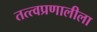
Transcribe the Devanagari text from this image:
तत्त्वप्रणालीला